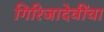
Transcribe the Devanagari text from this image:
गिरिजादेवींचा